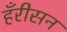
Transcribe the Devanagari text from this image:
हँरीसन